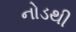
નોડથી